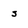
Character: s